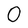
Character: 0